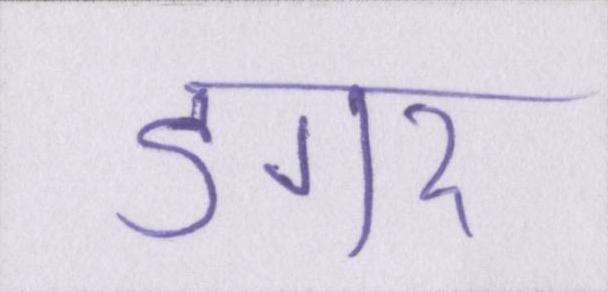
डगर